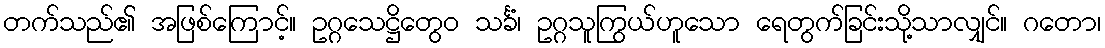
တက်သည်၏ အဖြစ်ကြောင့်။ ဥဂ္ဂသေဋ္ဌိတွေဝ သင်္ခံ၊ ဥဂ္ဂသူကြွယ်ဟူသော ရေတွက်ခြင်းသို့သာလျှင်။ ဂတော၊